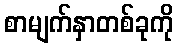
စာမျက်နှာတစ်ခုကို